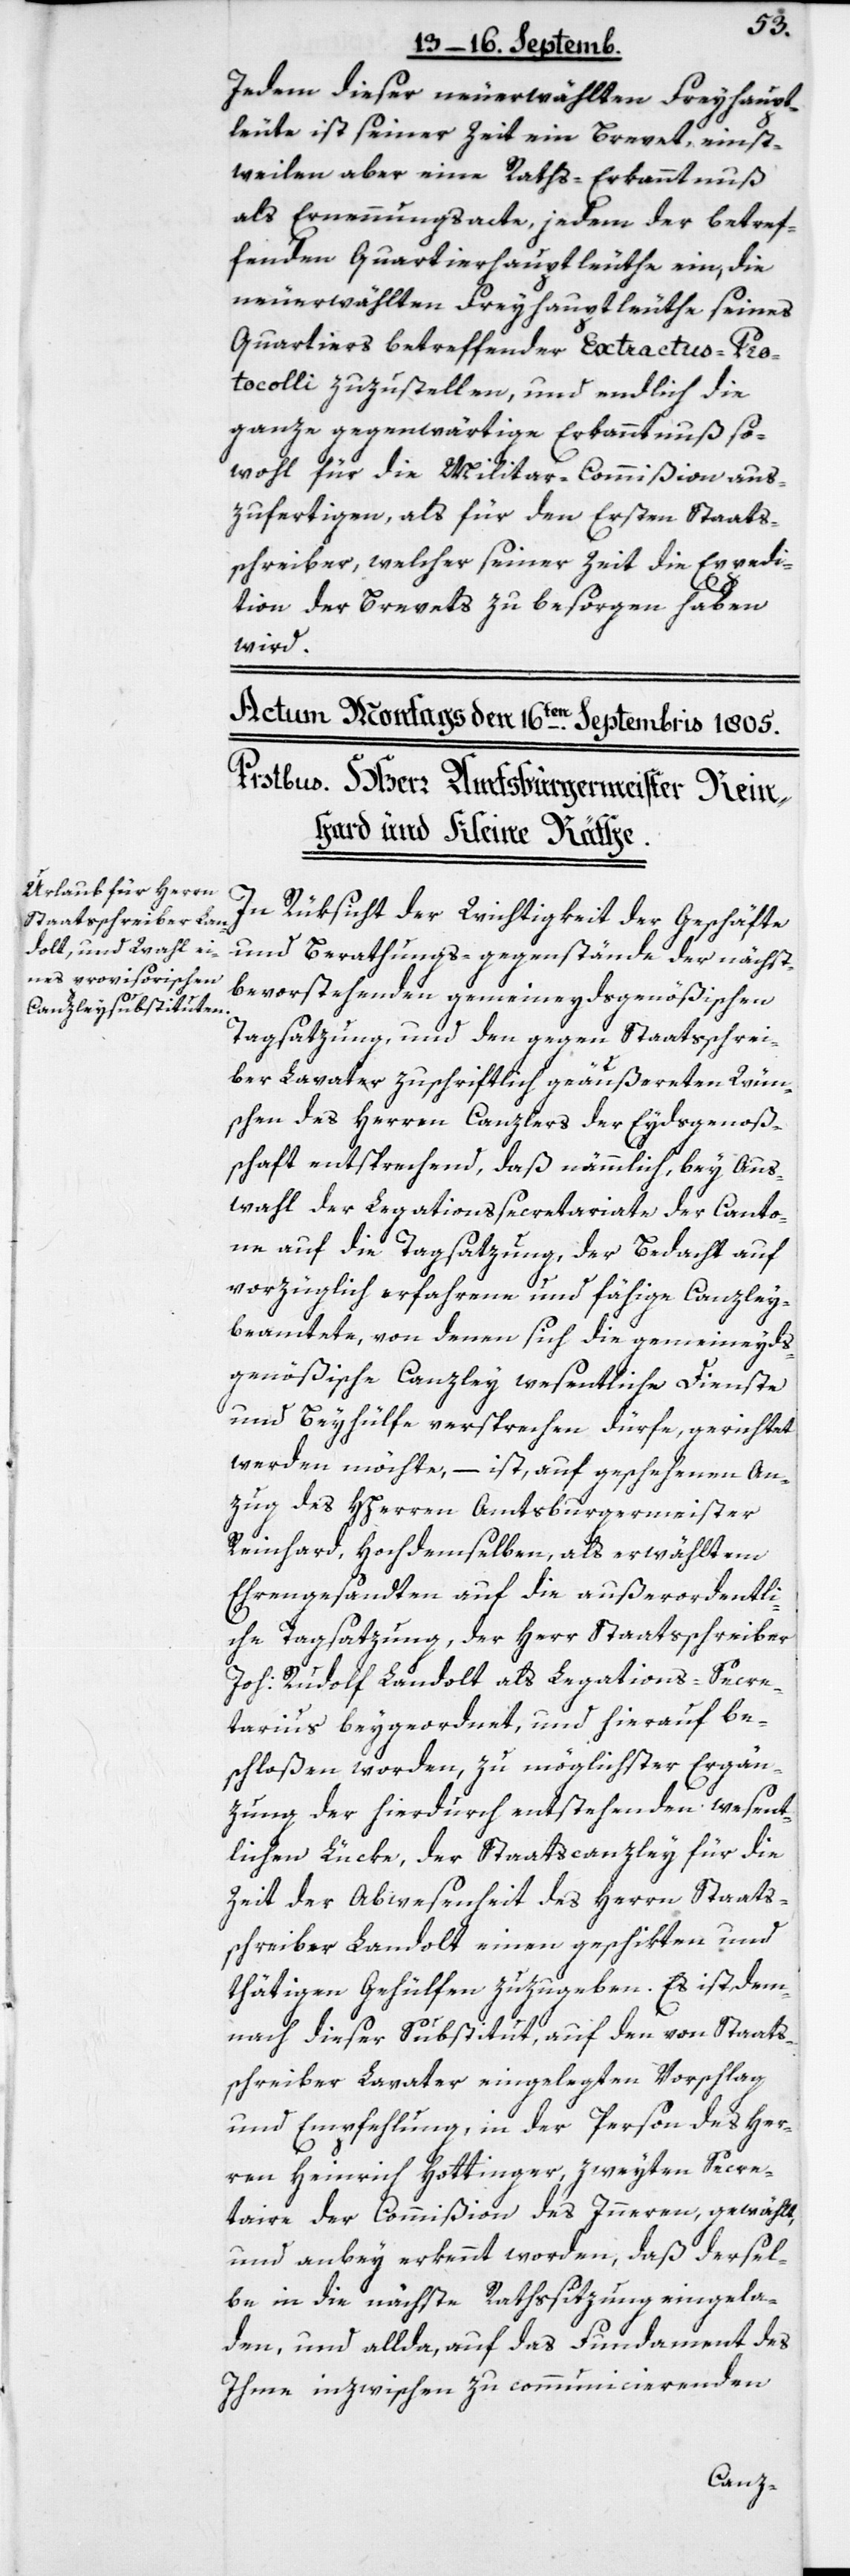
Jedem dieser neuerwählten Freyhaupt¬
leute ist seiner Zeit ein Brevet, einst¬
weilen aber eine Raths-Erkanntnuß
als Ernennungsacte, jedem der betref¬
fenden Quartierhauptleuthe ein, die
neu erwählten Freyhauptleute seines
Quartiers betreffender Extractus Pro¬
tocolli zuzustellen, und endlich die
ganze gegenwärtige Erkanntnuß so¬
wohl für die Militar-Commißion aus¬
zufertigen, als für den Ersten Staats¬
schreiber, welcher seiner Zeit die Expedi¬
tion der Brevets zu besorgen haben
wird.
In Rüksicht der Wichtigkeit der Geschäfte
und Berathungs-gegenstände der nächst¬
bevorstehenden gemeineydsgenößischen
Tagsatzung, und den gegen Staatsschrei¬
ber Lavater zuschriftlich geäußerten Wün¬
schen des Herren Canzlers der Eydsgenoße¬
nschaft entsprechend, daß nämmlich, bey Aus¬
wahl der Legationssecretariate der Canto¬
ne auf die Tagsatzung, der Bedacht auf
vorzüglich erfahrene und fähige Canzley¬
beamtete, von denen sich die gemeineyds¬
genößische Canzley wesentliche Dienste
und Beyhülfe versprechen dürfe, gerichtet
werden möchte, – ist auf geschehenen An¬
zug des HHerren Amtsburgermeister
Reinhard, Hochdemselben als erwähltem
Ehrengesandten auf die außerordentli¬
che Tagsatzung, der Herr Staatsschreiber
Joh: Rudolf Landolt als Legations-Secre¬
tarius beygeordnet, und hierauf be¬
schloßen worden, zu möglichster Ergän¬
zung der hierdurch entstehenden wesent¬
lichen Lücke, der Staatscanzley für die
Zeit der Abwesenheit des Herrn Staats¬
schreiber Landolt einen geschikten und
thätigen Gehülfen zuzugeben. Es ist dem¬
nach dieser Substitut, auf den von Staats¬
schreiber Lavater eingelegten Vorschlag
und Empfehlung, in der Person des Her¬
ren Heinrich Hottinger, zweyten Secre¬
taire der Commißion des Innern, gewählt
und anbey erkennt worden, daß dersel¬
be in die nächste Rathssitzung eingela¬
den, und allda auf das Fundament des
Ihme inzwischen zu communicierenden